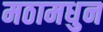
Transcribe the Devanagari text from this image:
मठामधुन